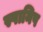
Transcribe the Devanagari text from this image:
स्पानिष